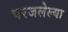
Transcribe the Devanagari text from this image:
परजलेल्या